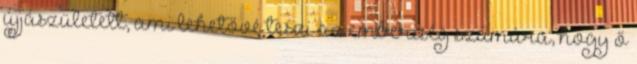
újjászületett, ami lehetővé teszi az emberiség számára, hogy ő